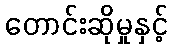
တောင်းဆိုမှုနှင့်